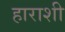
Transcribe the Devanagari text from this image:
हाराशी